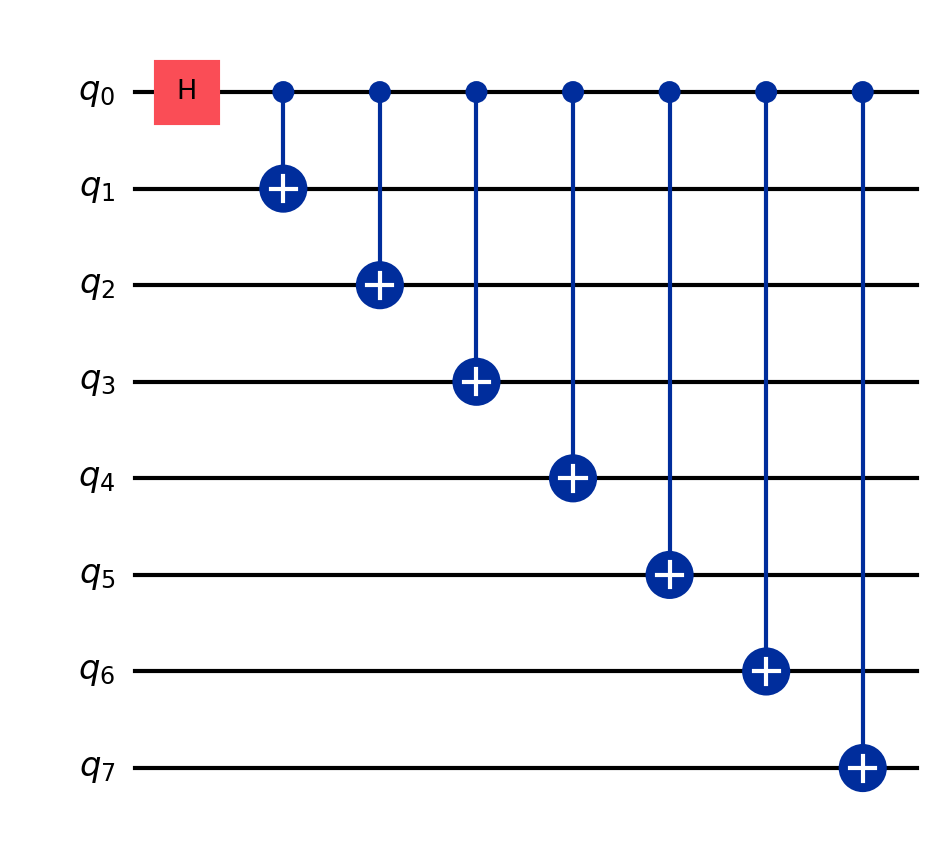
Description: 8-qubit GHZ state
描述: 8量子比特GHZ态
Category: qubit_scaling (difficulty: intermediate)
Qubits: 8, circuit depth: 8

Braket implementation:
from braket.circuits import Circuit
circuit = Circuit()
circuit.h(0)
for i in range(1, 8):
    circuit.cnot(0, i)